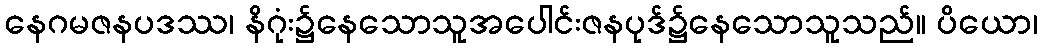
နေဂမဇနပဒဿ၊ နိဂုံး၌နေသောသူအပေါင်းဇနပုဒ်၌နေသောသူသည်။ ပိယော၊